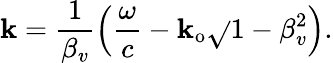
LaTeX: \mathbf{k}=\frac{{1}}{{\beta_{v}}}\left(\frac{{\omega}}{{c}}-\mathbf{k}_{\mathrm{{o}}}\sqrt{}{{1-\beta_{v}^{2}}}\right).